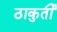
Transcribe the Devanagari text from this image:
ठाकुर्ती